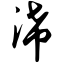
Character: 浠